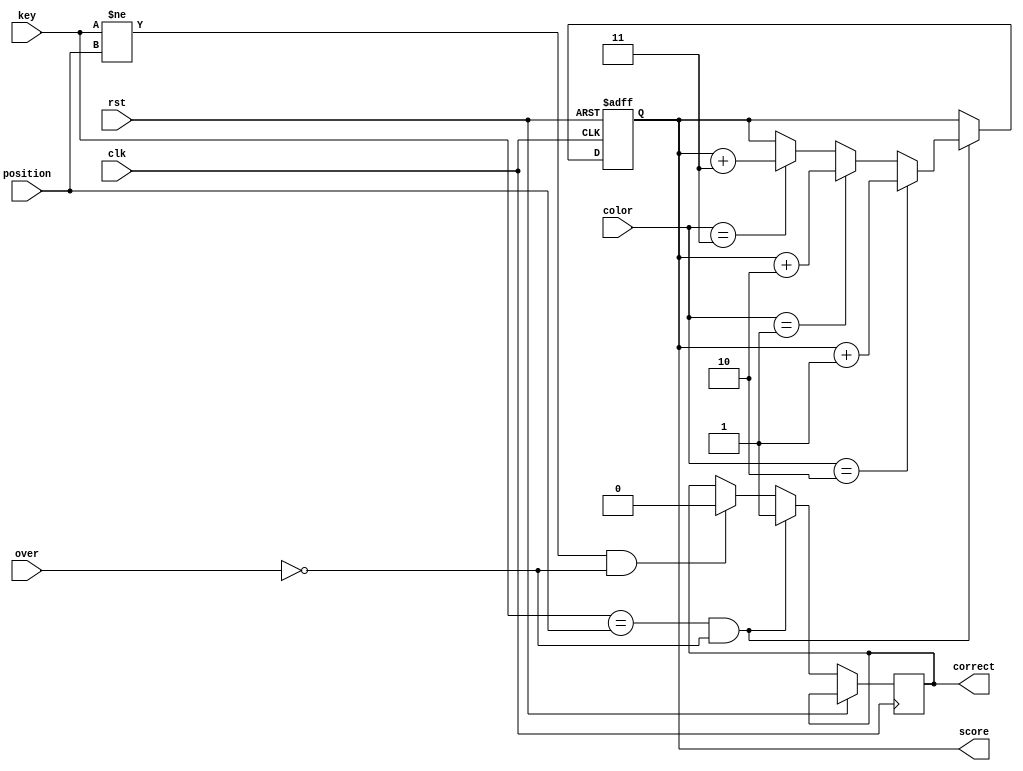
module countpoint(clk,rst,key,position,score,over,correct,color);
	input clk;
	input rst;
	input [16:0] key;
	input [16:0] position;
	input over;
	output reg [4:0] score;
	output reg correct;
	input [1:0]color;
	//input remake;
	initial begin
		score<=5'b00000;
		correct<=1'b0;
	end
	always@(posedge clk or posedge rst)
	begin
		if(rst) begin
			score<=5'b00000;
		end
		else if(key==position &&  !over)begin
			if(color==2'b10) begin
				score<=score+2'd1;
			end
			else if(color==2'b01) begin
				score<=score+2'd2;
			end
			else if(color==2'b11) begin
				score<=score+2'd3;
			end
				correct<=1'b1;
		end
		else if(key!=position && !over)begin
			score<=score;
			correct<=1'b0;
		end
//		else if(score==5'd19 && !over) begin
//			score<=5'd19;
//		end
		else if(over) begin
			score<=score;
		end
//		else if(remake) begin
//			correct<=0;
//			
//		end
	
	end

endmodule